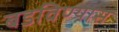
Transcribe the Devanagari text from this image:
बडविण्यास